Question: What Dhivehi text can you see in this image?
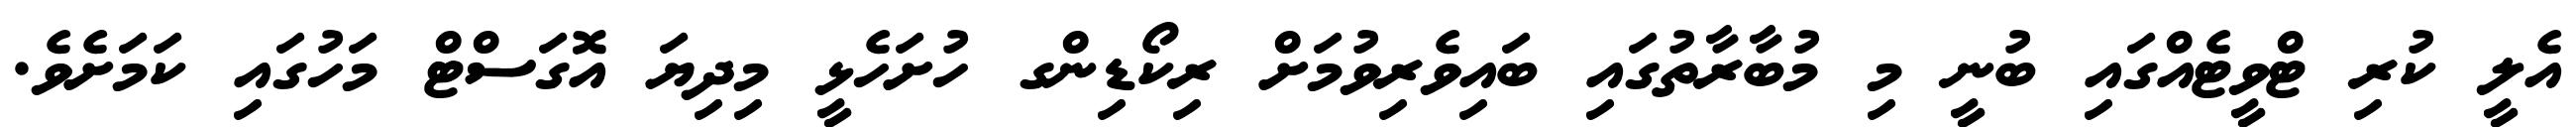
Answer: އެލީ ކުރި ޓްވީޓެއްގައި ބުނީ މި މުބާރާތުގައި ބައިވެރިވުމަށް ރިކޯޑިންގ ހުށަހެޅީ މިދިޔަ އޮގަސްޓް މަހުގައި ކަމަށެވެ.